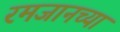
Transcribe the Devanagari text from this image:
रमजानच्या